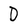
Character: D